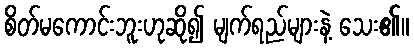
စိတ်မကောင်းဘူးဟုဆို၍ မျက်ရည်များနဲ့ သေး၏။